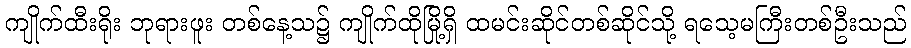
ကျိုက်ထီးရိုး ဘုရားဖူး တစ်နေ့သ၌ ကျိုက်ထိုမြို့ရှိ ထမင်းဆိုင်တစ်ဆိုင်သို့ ရသေ့မကြီးတစ်ဦးသည်